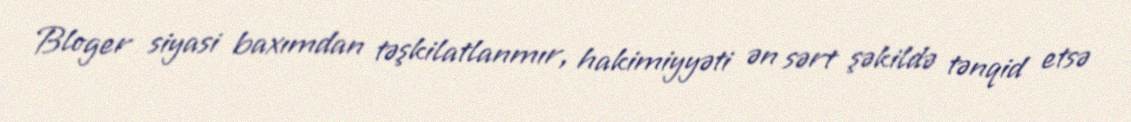
Bloger siyasi baxımdan təşkilatlanmır, hakimiyyəti ən sərt şəkildə tənqid etsə